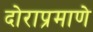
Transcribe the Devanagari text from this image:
दोराप्रमाणे